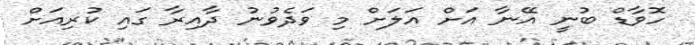
ހޮވާޑް ބުނީ އޭނާ އަށް އަލަށް މި ވަދެވުނު ދާއިރާ ގައި ކުރިއަށް